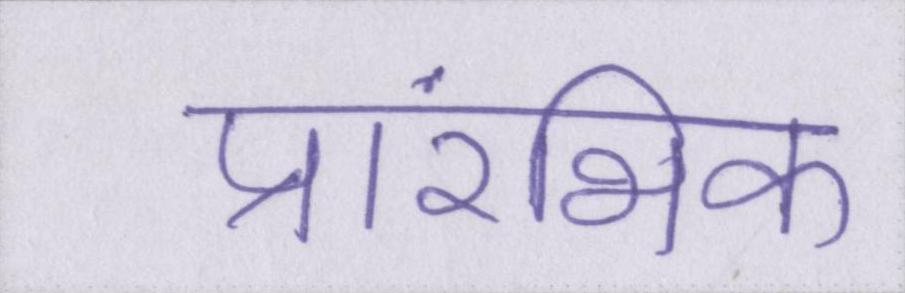
प्रारंभिक